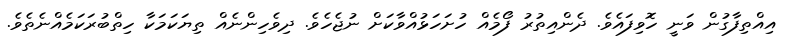
އިއްތިފާގުން ވަނީ ހޮވިފައެވެ. ދެންއިތުރު ފޯމެއް ހުށަހަޅުއްވާކަށް ނުޖެހެވެ. ދިވެހިންނެއް ތިޔަކަމަކާ ހިތްބުރަކަމެއްނެތެވެ.